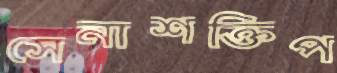
সেনাশক্তিপ